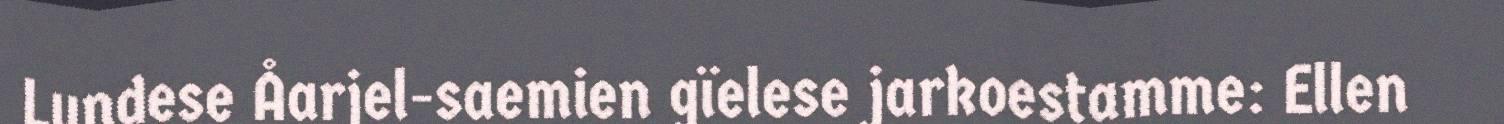
Lundese Åarjel-saemien gïelese jarkoestamme: Ellen